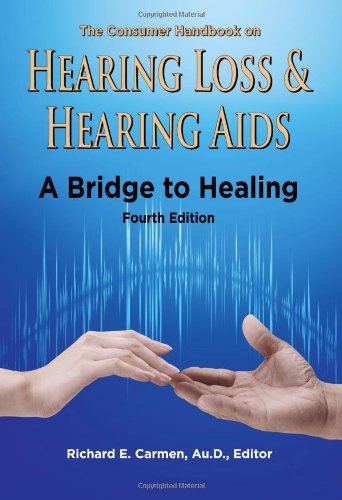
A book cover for The Consumer Handbook on Hearing Loss & Hearing AIDS: A Bridge to Healing; Health, Fitness & Dieting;